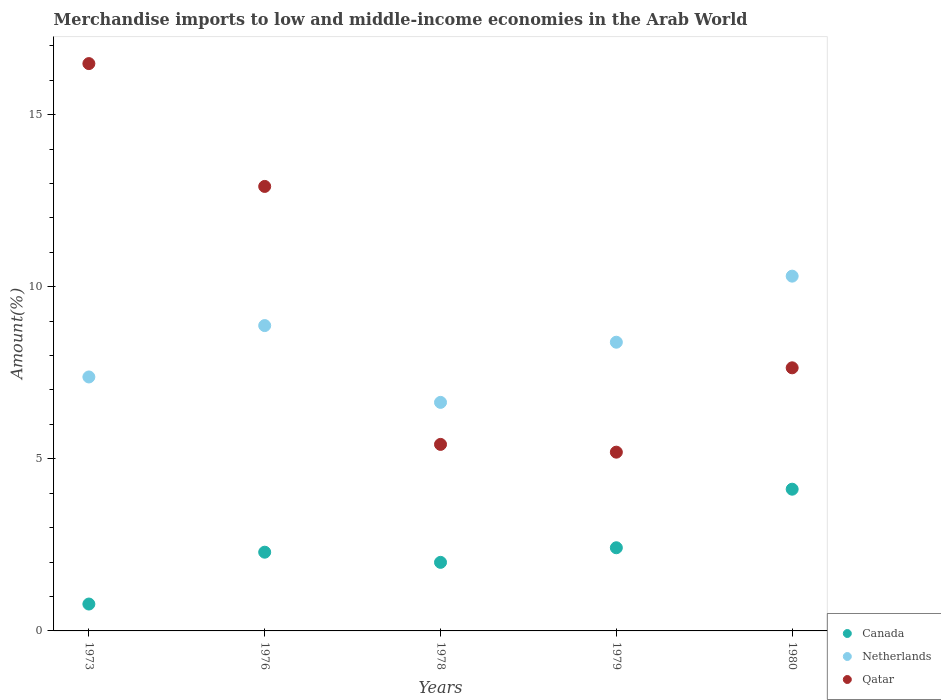
| Years | Canada | Netherlands | Qatar |
 | --- | --- | --- | --- |
 | 1973 | 0.781 | 7.38 | 16.5 |
 | 1976 | 2.29 | 8.87 | 12.9 |
 | 1978 | 1.99 | 6.64 | 5.42 |
 | 1979 | 2.42 | 8.39 | 5.19 |
 | 1980 | 4.12 | 10.3 | 7.64 |